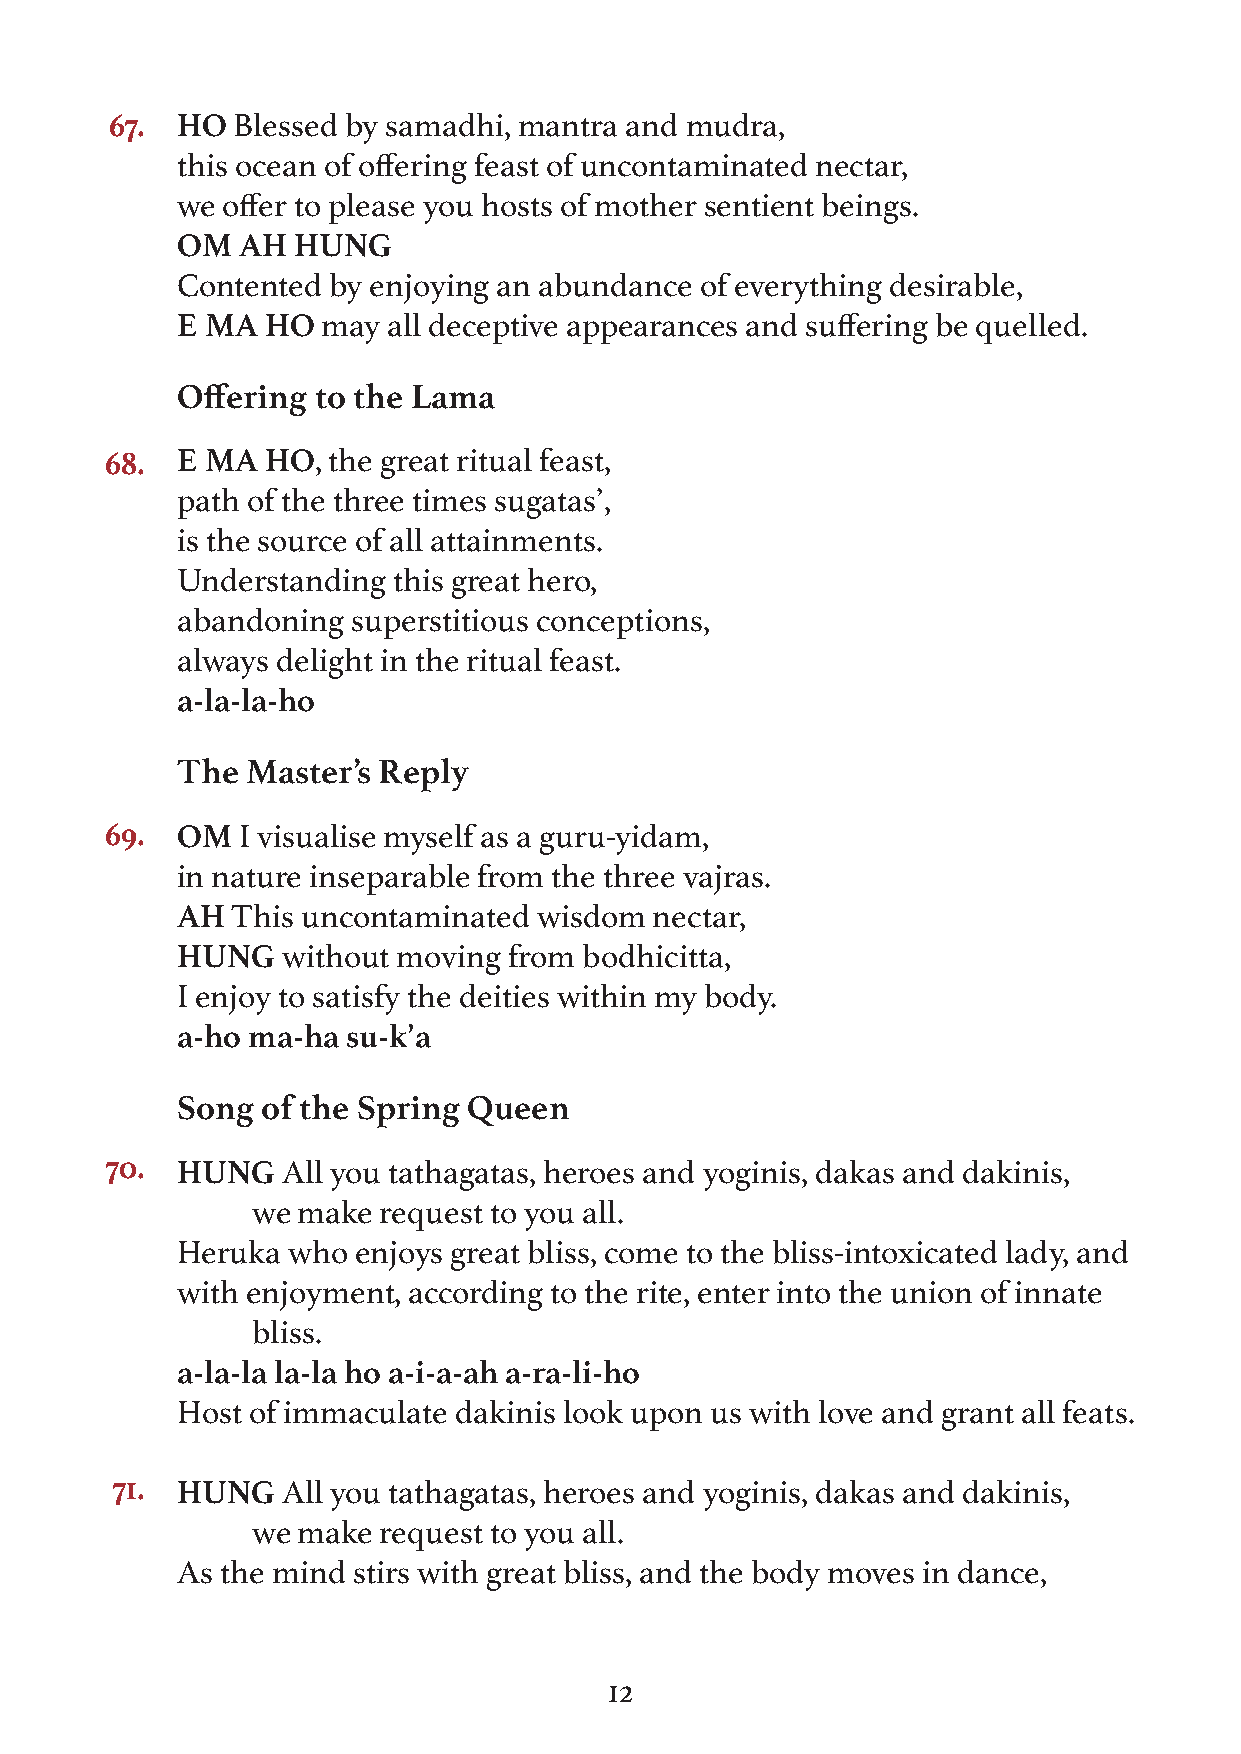
67.  HO Blessed by samadhi, mantra and mudra,
 this ocean of offering feast of uncontaminated nectar,
 we offer to please you hosts of mother sentient beings.
 OM  AH HUNG
 Contented by enjoying an abundance of everything desirable,
 E MA  HO may  all deceptive appearances and suffering be quelled.
 Offering to the Lama
 68.  E MA  HO, the great ritual feast,
 path of the three times sugatas’,
 is the source of all attainments.
 Understanding this great hero,
 abandoning superstitious conceptions,
 always delight in the ritual feast.
 a-la-la-ho
 The Master’s Reply
 69.  OM  I visualise myself as a guru-yidam,
 in nature inseparable from the three vajras.
 AH This uncontaminated  wisdom nectar,
 HUNG   without moving from bodhicitta,
 I enjoy to satisfy the deities within my body.
 a-ho ma-ha su-k’a
 Song of the Spring Queen
 70.  HUNG   All you tathagatas, heroes and yoginis, dakas and dakinis,
 we make request to you all.
 Heruka who  enjoys great bliss, come to the bliss-intoxicated lady, and
 with enjoyment, according to the rite, enter into the union of innate
 bliss.
 a-la-la la-la ho a-i-a-ah a-ra-li-ho
 Host of immaculate dakinis look upon us with love and grant all feats.
 71.  HUNG   All you tathagatas, heroes and yoginis, dakas and dakinis,
 we make request to you all.
 As the mind stirs with great bliss, and the body moves in dance,
 12